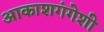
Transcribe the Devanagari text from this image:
आकाशगंगेशी